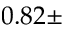
0 . 8 2 \pm